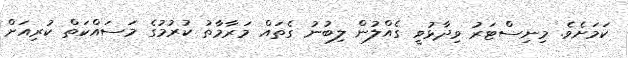
ކަމަށެވެ. މިނިސްޓަރު ވިދާޅުވީ ގެއްލުން ލިބުނު ގެތައް މަރާމާތު ކުރުމުގެ މަސައްކަތް ކުރިއަށް